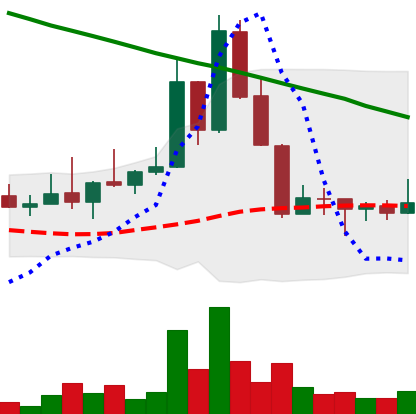
Ticker: DOGE-USD
Chart end date: 2022-08-25
Forward return: -10.955%
Label: down_7plus